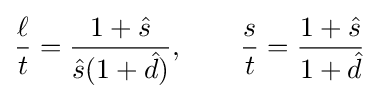
{\frac {\ell }{t}}={\frac {1+{\hat {s}}}{{\hat {s}}(1+{\hat {d}})}},\qquad {\frac {s}{t}}={\frac {1+{\hat {s}}}{1+{\hat {d}}}}